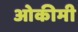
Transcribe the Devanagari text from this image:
ओकीमी